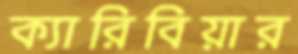
ক্যারিবিয়ার